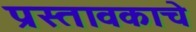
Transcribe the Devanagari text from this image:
प्रस्तावकाचे